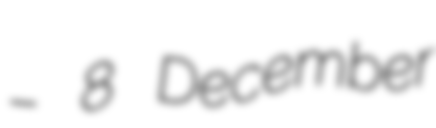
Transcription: – 8 December